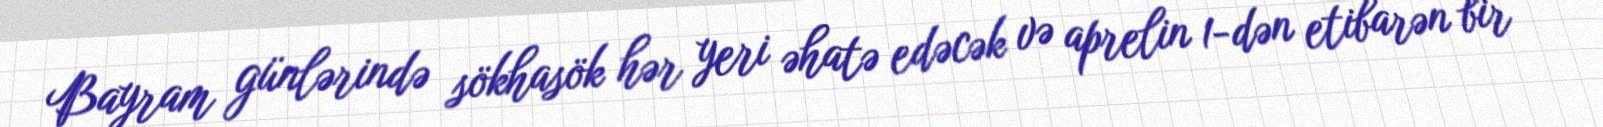
Bayram günlərində sökhasök hər yeri əhatə edəcək və aprelin 1-dən etibarən bir